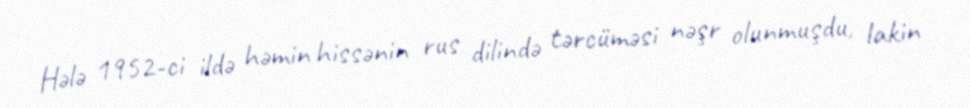
Hələ 1952-ci ildə həmin hissənin rus dilində tərcüməsi nəşr olunmuşdu, lakin